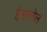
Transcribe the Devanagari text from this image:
ईसपगोल